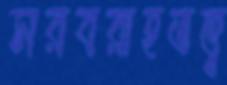
সরবরাহতত্ত্ব